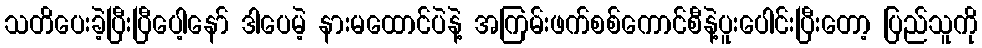
သတိပေးခဲ့ပြီးပြီပေါ့နော် ဒါပေမဲ့ နားမထောင်ပဲနဲ့ အကြမ်းဖက်စစ်ကောင်စီနဲ့ပူးပေါင်းပြီးတော့ ပြည်သူကို